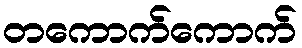
တကောက်ကောက်